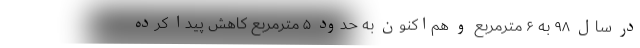
در سال ۹۸ به ۶ مترمربع و هم‌اکنون به حدود ۵ مترمربع کاهش پیدا کرده